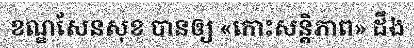
ខណ្ឌសែនសុខ បានឲ្យ «កោះសន្តិភាព» ដឹង